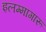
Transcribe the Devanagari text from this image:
इलम्मागारू